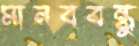
মানববন্ধু